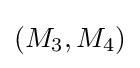
(M_{3},M_{4})